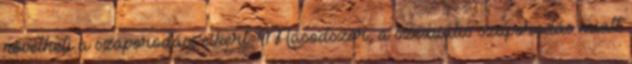
növelheti a szaporodási sikert. Másodszor, a szexuális szaporodás miatt